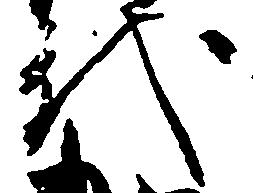
代